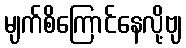
မျက်စိကြောင်နေလို့ဗျ